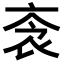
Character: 𧘭